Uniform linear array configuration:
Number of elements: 12
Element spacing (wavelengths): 0.25
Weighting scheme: kaiser
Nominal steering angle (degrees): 45
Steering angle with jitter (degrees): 44.805
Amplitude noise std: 0.05
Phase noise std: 0.05

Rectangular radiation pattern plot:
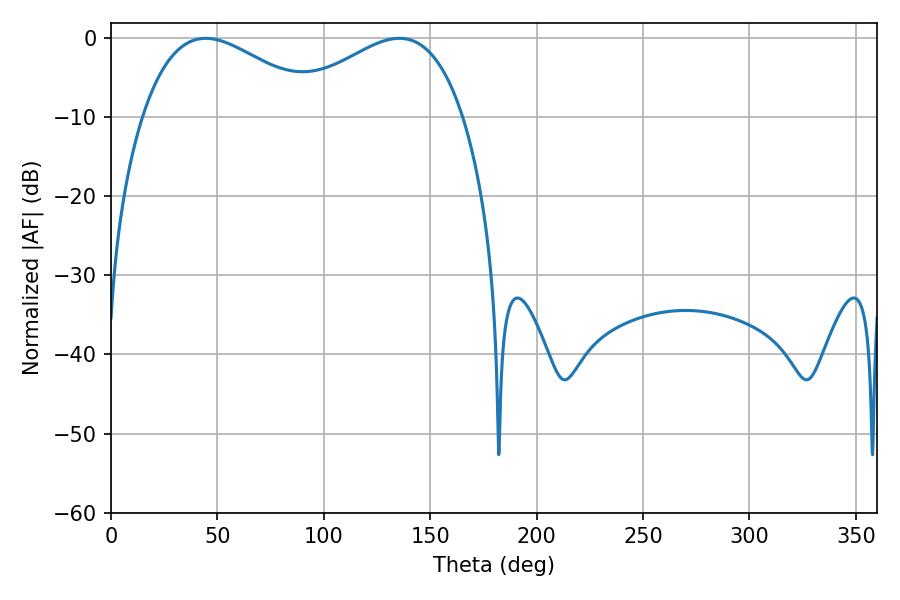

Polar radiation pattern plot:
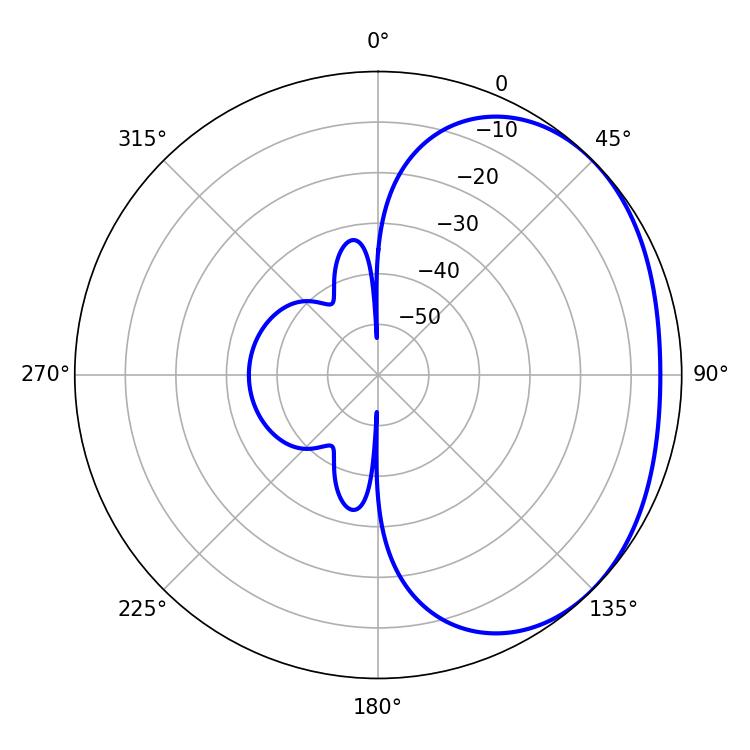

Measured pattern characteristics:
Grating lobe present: FALSE
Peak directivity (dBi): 2.112
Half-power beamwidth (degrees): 45.9
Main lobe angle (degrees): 44.46